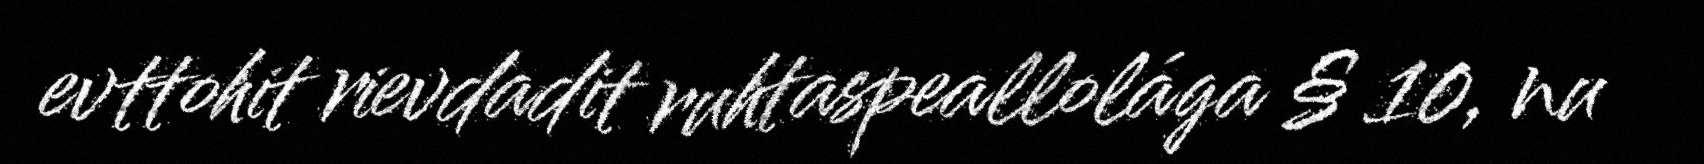
evttohit rievdadit ruhtaspeallolága § 10, nu